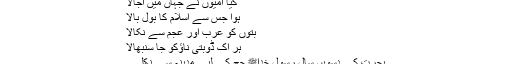
کیا امیوں نے جہاں میں اجالا
ہوا جس سے اسلام کا بول بالا
بتوں کو عرب اور عجم سے نکالا
ہر اک ڈوبتی ناؤکو جا سنبھالا
ہجرت کے دسویں سال رسول خداﷺ حج کے لیے مدینہ سے نکلے ۔